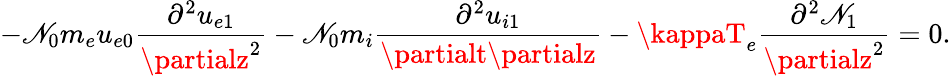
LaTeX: -\mathscr{N}_{0}m_{e}u_{e0}\frac{{\partial^{2}u_{e1}}}{{\partialz^{2}}}-\mathscr{N}_{0}m_{i}\frac{{\partial^{2}u_{i1}}}{{\partialt\partialz}}-\kappaT_{e}\frac{{\partial^{2}\mathscr{N}_{1}}}{{\partialz^{2}}}=0.